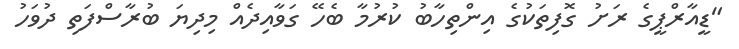
"ޑީއާރްޕީގެ ރަށު ގޮފިތަކުގެ އިންތިހާބު ކުރުމާ ބެހޭ ގަވާއިދެއް މިދިޔަ ބުރާސްފަތި ދުވަހު